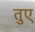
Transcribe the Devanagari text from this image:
तुए